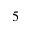
5